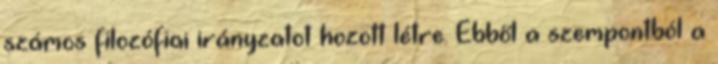
számos filozófiai irányzatot hozott létre. Ebből a szempontból a